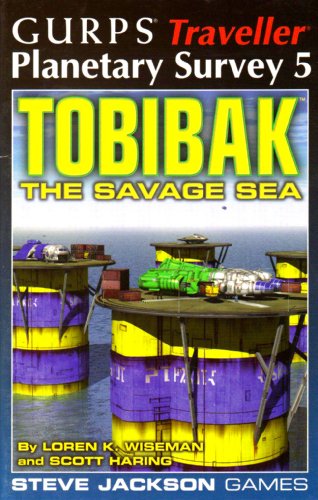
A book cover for GURPS Traveller Planetary Survey 5: Tobibak: The Savage Sea; Loren Wiseman; Science Fiction & Fantasy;